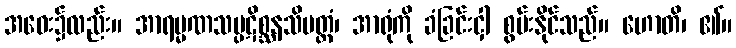
အဝေး၌လည်း။ အာရမ္မဏသမ္ပဋိစ္ဆနသိမတ္ထံ၊ အာရုံကို ခံခြင်းငှါ စွမ်းနိုင်သည်။ ဟောတိ၊ ၏။